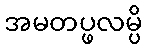
အမတပ္ဖလမ္ပိ